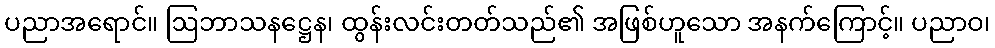
ပညာအရောင်။ ဩဘာသနဋ္ဌေန၊ ထွန်းလင်းတတ်သည်၏ အဖြစ်ဟူသော အနက်ကြောင့်။ ပညာဝ၊